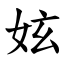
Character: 妶